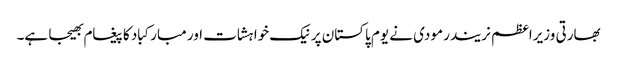
بھارتی وزیراعظم نریندر مودی نے یوم پاکستان پر نیک خواہشات اور مبارکباد کا پیغام بھیجا ہے۔